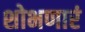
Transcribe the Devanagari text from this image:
शोभणारं